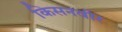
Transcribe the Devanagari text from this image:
किसनवीर